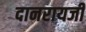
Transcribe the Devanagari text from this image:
दानरायजी